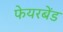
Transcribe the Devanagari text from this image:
फेयरबेंड